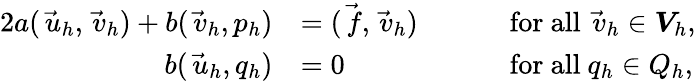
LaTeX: \begin{array}{rlrl}{{2}a(\vec{\, u}_{h},\vec{\, v}_{h})+b(\vec{\, v}_{h},p_{h})}&{=(\vec{\, f},\vec{\, v}_{h})}&{\quad}&{\mathrm{~for~all~}\vec{\, v}_{h}\in\boldsymbol{V}_{h},}\\ {b(\vec{\, u}_{h},q_{h})}&{=0}&{\quad}&{\mathrm{~for~all~}q_{h}\in Q_{h},}\end{array}